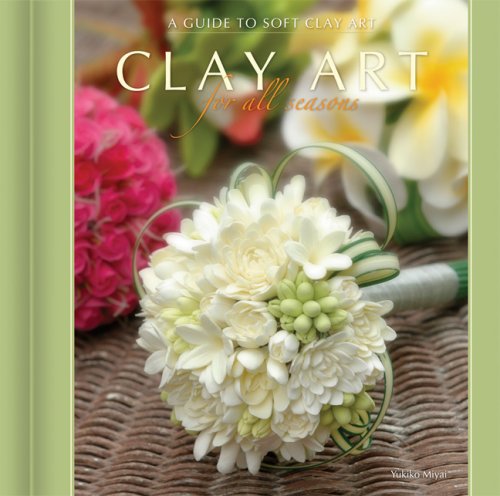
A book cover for Clay Art for All Seasons: A Guide to Soft Clay Art; Yukiko Miyai; Crafts, Hobbies & Home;